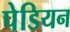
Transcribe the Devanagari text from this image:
पेडियन